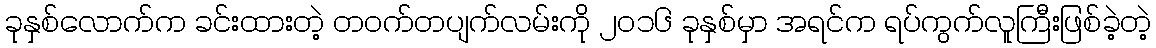
ခုနှစ်လောက်က ခင်းထားတဲ့ တဝက်တပျက်လမ်းကို ၂၀၁၆ ခုနှစ်မှာ အရင်က ရပ်ကွက်လူကြီးဖြစ်ခဲ့တဲ့